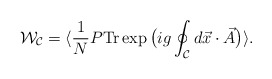
\begin{align*}{\cal W}_{{\cal C}}=\langle \frac{1}{N} P {\rm Tr} \exp \big( i g \oint_{{\cal C}} d\vec{x}\cdot \vec{A} \big)\rangle.\end{align*}